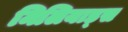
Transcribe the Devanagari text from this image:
मिलियाड्स